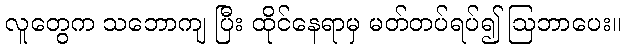
လူတွေက သဘောကျ ပြီး ထိုင်နေရာမှ မတ်တပ်ရပ်၍ ဩဘာပေး။